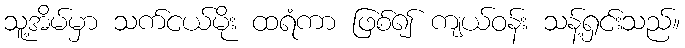
သူ့အိမ်မှာ သက်ငယ်မိုး ထရံကာ ဖြစ်၍ ကျယ်ဝန်း သန့်ရှင်းသည်။